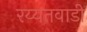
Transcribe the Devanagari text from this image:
रय्यतवाडी